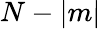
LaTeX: N-|m|